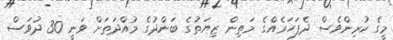
މީގެ ކުރިންވެސް ދެފަހަރެއްގެ މަތިން ޒިޔަތުގެ ބަންދުގެ މުއްދަތަށް ވަނީ 30 ދުވަސް